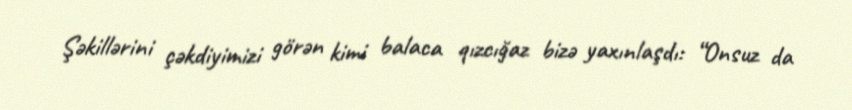
Şəkillərini çəkdiyimizi görən kimi balaca qızcığaz bizə yaxınlaşdı: “Onsuz da